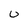
Character: 0